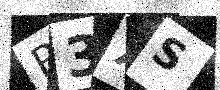
Text: P3XS